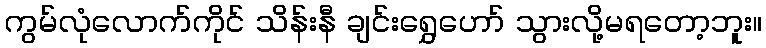
ကွမ်လုံလောက်ကိုင် သိန်းနီ ချင်းရွှေဟော် သွားလို့မရတော့ဘူး။